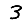
Digit: 3